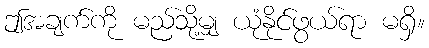
ဤအချက်ကို မည်သို့မျှ ယုံနိုင်ဖွယ်ရာ မရှိ။